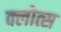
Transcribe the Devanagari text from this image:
क्लोत्स